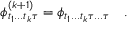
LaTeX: \phi _ { t _ { 1 } . . . t _ { k } \tau } ^ { ( k + 1 ) } = \phi _ { t _ { 1 } . . . t _ { k } \tau . . . \tau } \quad .